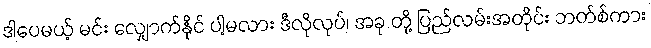
ဒါပေမယ့် မင်း လျှောက်နိုင် ပါ့မလား ဒီလိုလုပ်၊ အခု တို့ ပြည်လမ်းအတိုင်း ဘတ်စ်ကား